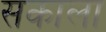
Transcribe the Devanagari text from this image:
सकाला